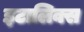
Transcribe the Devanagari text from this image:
इटालिक्स